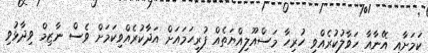
ކަމަށާއި އޭނާއާ ހަވާލުކުރެއްވި ހުރިހާ މަސްއޫލިއްޔަތެއް ފުރިހަމައަށް އަދާކުރެއްވިކަމަށް ވެސް ނާޒިމް ވިދާޅުވި